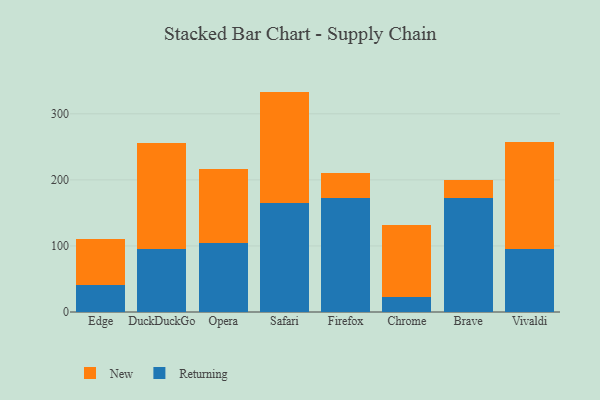
{"axis": {"x": "Browser", "y": "LTV (USD)"}, "legend": ["New", "Returning"], "data": [{"x": "Edge", "y": 40.3, "type": "Returning"}, {"x": "Edge", "y": 70.1, "type": "New"}, {"x": "DuckDuckGo", "y": 94.8, "type": "Returning"}, {"x": "DuckDuckGo", "y": 160.8, "type": "New"}, {"x": "Opera", "y": 105.0, "type": "Returning"}, {"x": "Opera", "y": 111.8, "type": "New"}, {"x": "Safari", "y": 164.4, "type": "Returning"}, {"x": "Safari", "y": 169.2, "type": "New"}, {"x": "Firefox", "y": 172.4, "type": "Returning"}, {"x": "Firefox", "y": 37.3, "type": "New"}, {"x": "Chrome", "y": 23.3, "type": "Returning"}, {"x": "Chrome", "y": 107.9, "type": "New"}, {"x": "Brave", "y": 172.9, "type": "Returning"}, {"x": "Brave", "y": 26.9, "type": "New"}, {"x": "Vivaldi", "y": 95.2, "type": "Returning"}, {"x": "Vivaldi", "y": 162.6, "type": "New"}]}